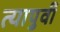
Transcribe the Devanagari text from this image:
त्यापुर्वी